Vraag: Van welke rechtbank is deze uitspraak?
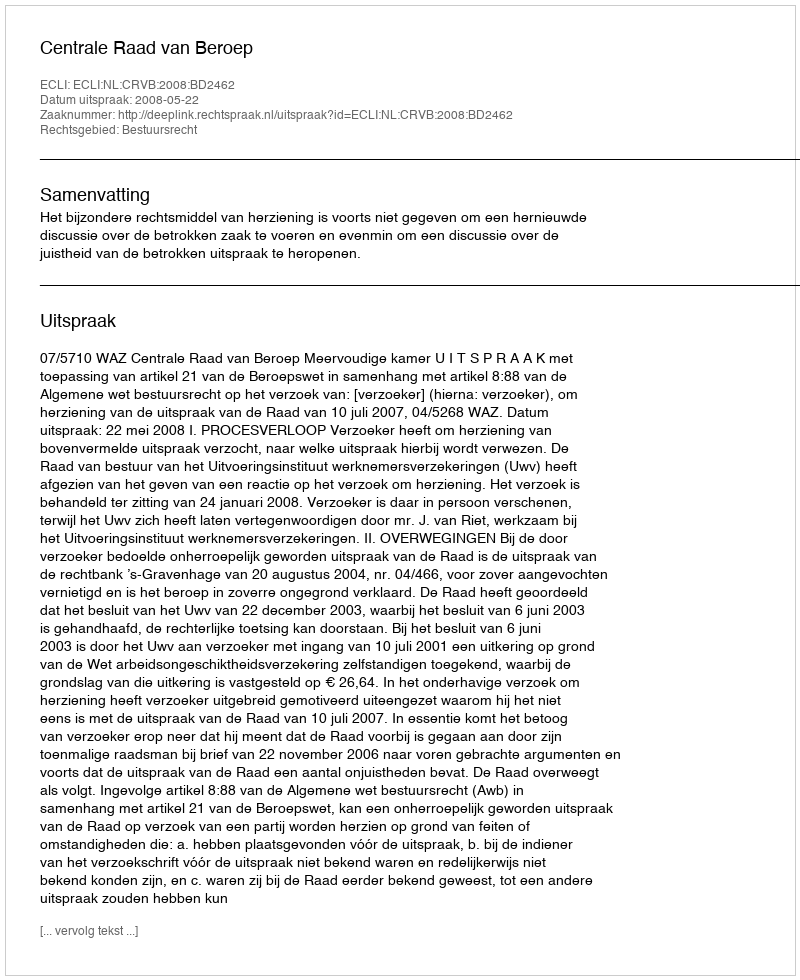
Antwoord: Centrale Raad van Beroep